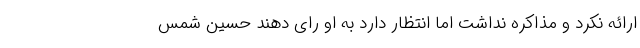
ارائه نکرد و مذاکره‌ نداشت اما انتظار دارد به او رای دهند حسین شمس